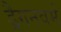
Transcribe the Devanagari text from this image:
ड्रैगनवर्म